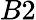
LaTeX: B2